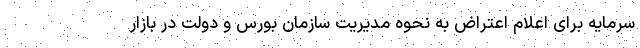
سرمایه برای اعلام اعتراض به نحوه مدیریت سازمان بورس و دولت در بازار